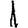
Digit: 1